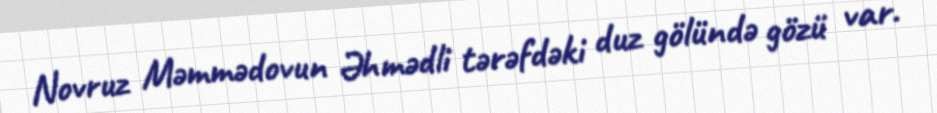
Novruz Məmmədovun Əhmədli tərəfdəki duz gölündə gözü var.